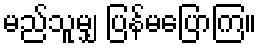
မည်သူမျှ ပြန်မပြောကြ။